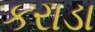
કરાડા